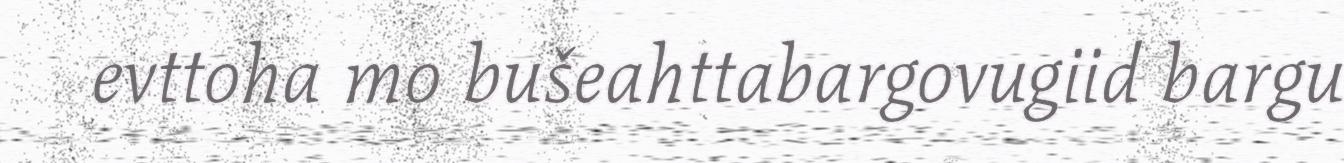
evttoha mo bušeahttabargovugiid bargu